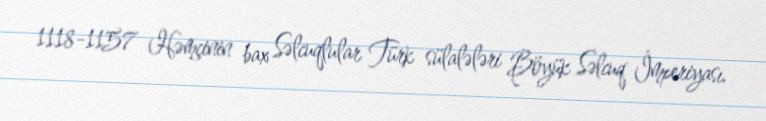
1118-1157 Həmçinin bax Səlcuqlular Türk sülalələri Böyük Səlcuq İmperiyası.